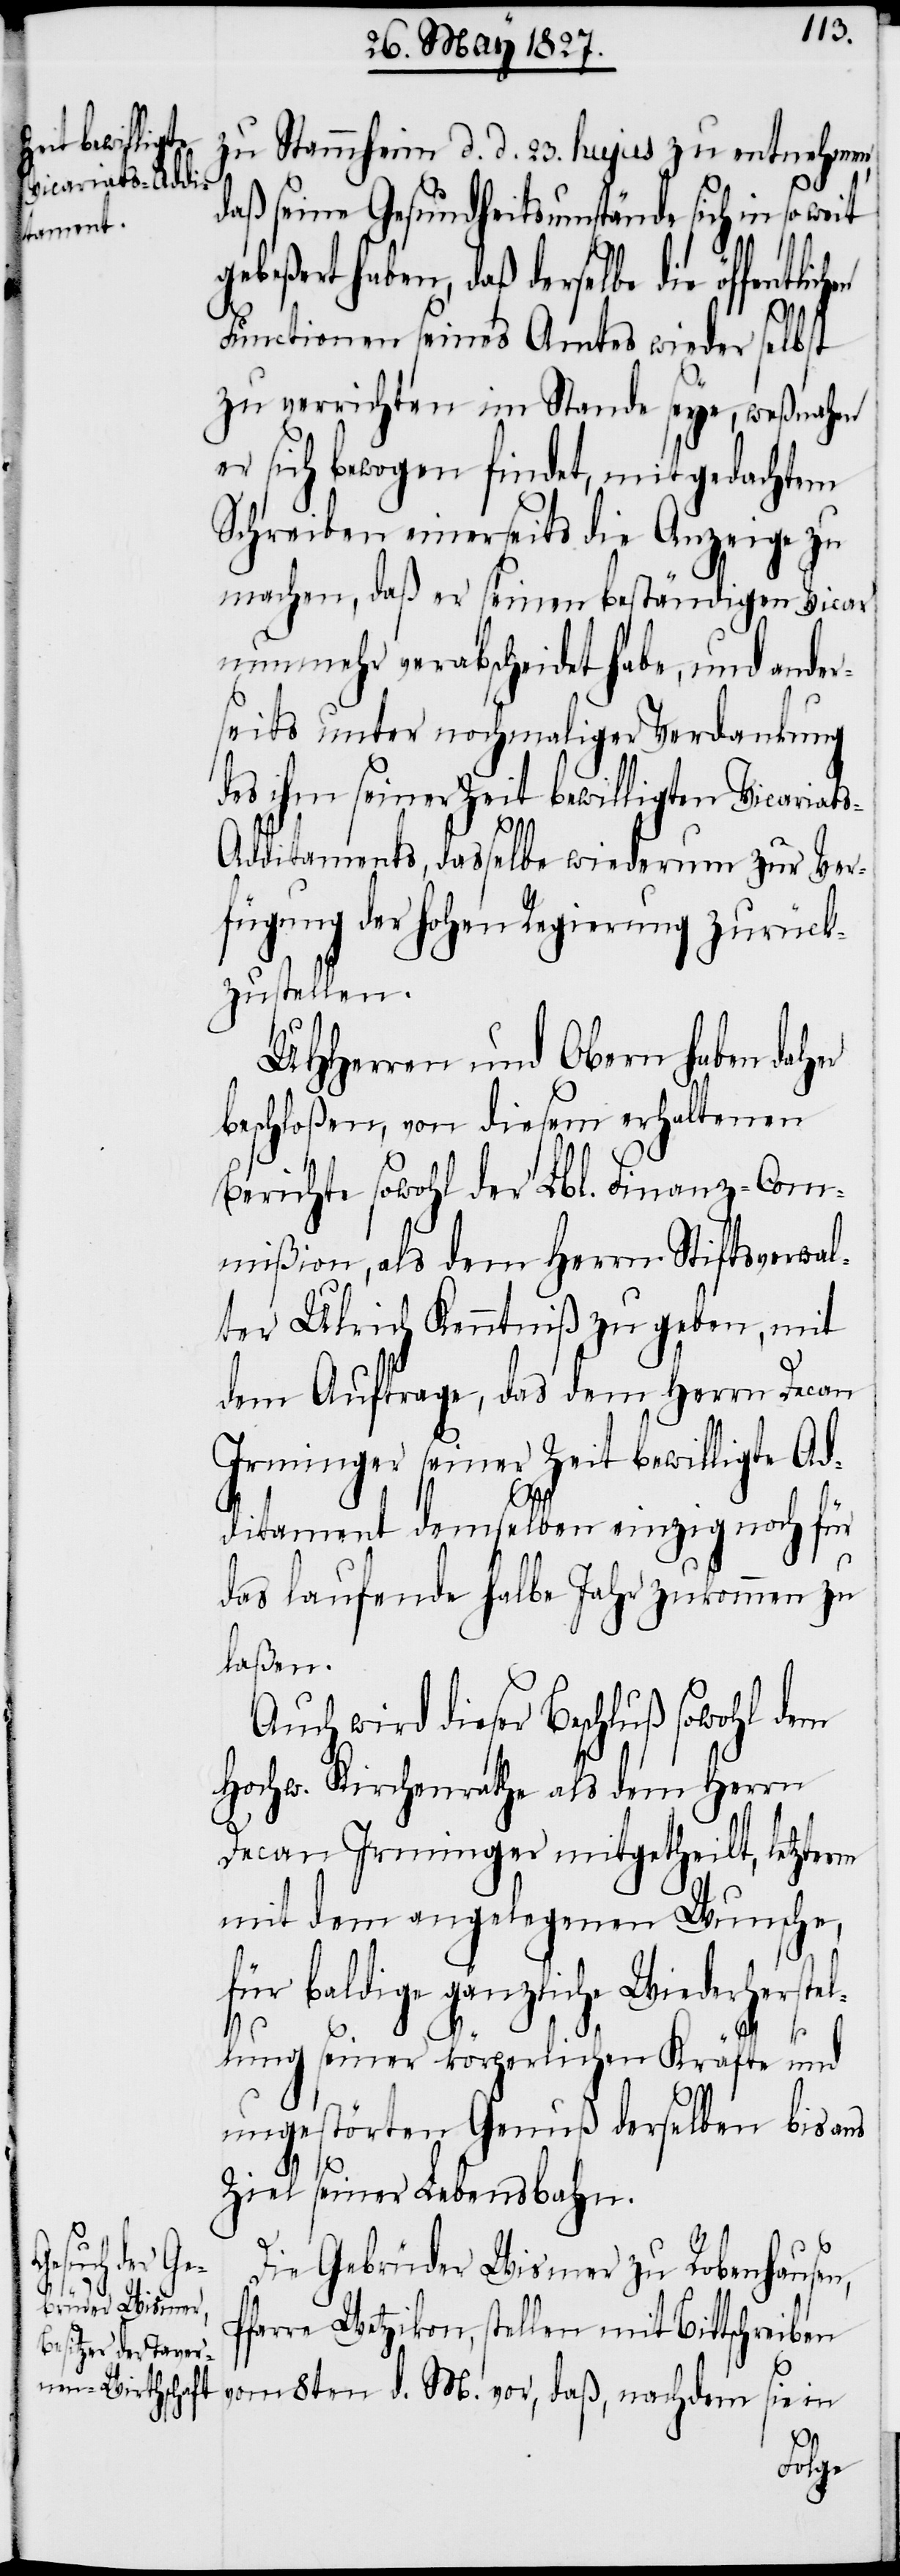
zu Stammheim d. d. 23. hujus zu entnehmen,
daß seine Gesundheitsumstände sich in so we¬
beßert haben, daß derselbe die öffent¬
Functionen seines Amtes wieder selbst
zu verrichten im Stande seye, weßnahen
er sich bewogen findet, mit gedachtem
Schreiben einerseits die Anzeige zu
machen, daß er seinen beständigen Vicar
nunmehr verabscheidet habe, und ander¬
seits unter nochmaliger Verdankung
des ihm seiner Zeit bewilligten Vicariat¬
s-Additaments, dasselbe wiederum zur Ver¬
fügung der hohen Regierung zurück¬
zustellen.
UHHerren und Obern haben daher
beschloßen, von diesem erhaltenen
Berichte sowohl der Lbl. Finanz-Com¬
mißion, als dem Herrn Stiftsverwal¬
ter Ulrich Kenntniß zu geben, mit
dem Auftrage, das dem Herrn Decan
Irminger seiner Zeit bewilligte Ad¬
ditament demselben einzig noch für
das laufende halbe Jahr zukommen zu
laßen.
Auch wird dieser Beschluß sowohl dem
Hochw. Kirchenrathe als dem Herrn
Decan Irminger mitgetheilt, letzterm
mit dem angelegenen Wunsche,
baldige gänzliche Wiederherst¬
ellung seiner körperlichen Kräfte und
ungestörten Genuß derselben bis ans
Ziel seiner Lebensbahn.
Die Gebrüder Wismer zu Robenhausen,
Pfarre Wetzikon, stellen mit Bittschreiben
vom 8ten d. M. vor, daß, nachdem sie in
lichen